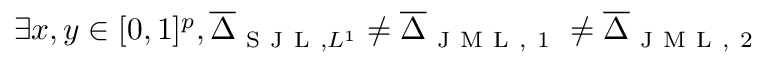
\exists x , y \in [ 0 , 1 ] ^ { p } , \overline { { \Delta } } _ { \mathrm { ~ S ~ J ~ L ~ } , L ^ { 1 } } \neq \overline { { \Delta } } _ { \mathrm { ~ J ~ M ~ L ~ , ~ 1 ~ } } \neq \overline { { \Delta } } _ { \mathrm { ~ J ~ M ~ L ~ , ~ 2 ~ } }